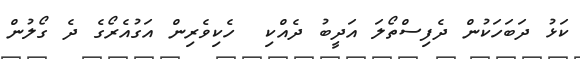
ކަޅު ދަބަހަކުން ދެފިސްތޯލަ އަދީބު ދެއްކި  ހެކިވެރިން އަގުއެރޯގެ ދެ ގޯލުން